Document type: Grant
Year: 1232
Scribe: Berenguer de Clos
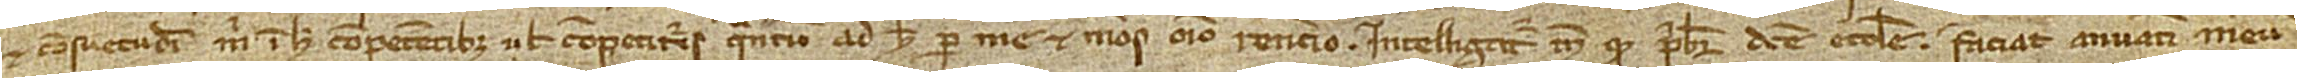
et consuetudini mihi in hoc competentibus vel competituris quantum ad hec per me et meos omnino renuncio. Intelligatur tamen quod presbiter dicte ecclesie faciat anuatim meum